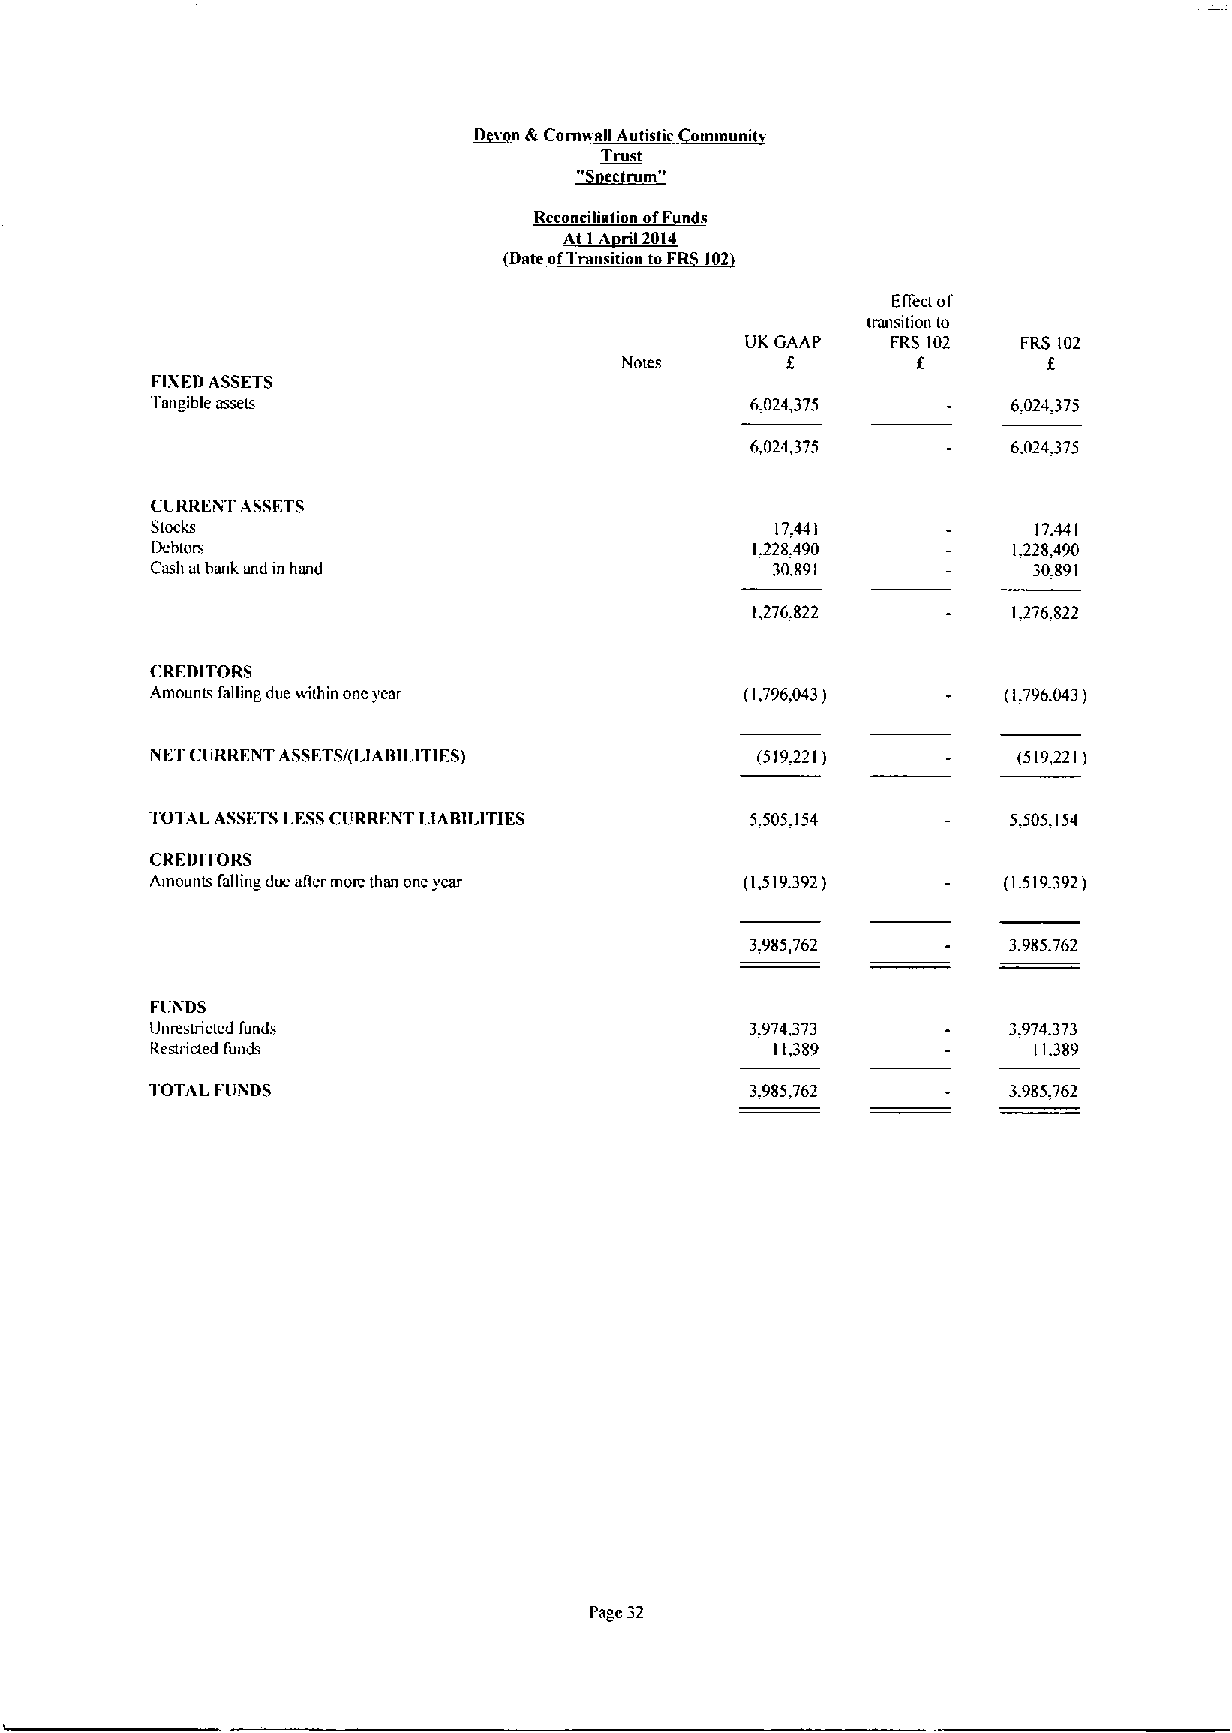
D v n dt Corn»ag Autistic ommunit
 TIllst
 ec m"
 Date ofTransi ion FRS 02
 Effect of
 traltstuolt to
 UK GAAP   FRS 102  FRS 102
 Notes      8        f.      g
 FIXFDASSETS
 Tnngible assets                         6,024,375        6.024.375
 6,024,375        6.024.375
 CURRENT ASSETS
 Stocks                                   17.441            17.441
 Debtors                                 1.228.490        1.228,490
 Cash athank and in hand                  30.891           30.891
 1,276.822        1.276.822
 CREDITORS
 Amounts falling due»ithin oncyear      (1,796,043)      (1.796.043)
 NET CIIRRENT ASSFTS/(I.IABILITIES)      (519.221)        (519,221)
 TOTAL ASSETSLESSCltRRENT LIABILITIES    5.505.154        5.505.154
 CREDITORS
 Amounts falling due atler more than one year (1,519.392) (1.519392)
 3.985,762        3,985.762
 FUNDS
 Unrestricted funds                      3.974,373        3.974.373
 Rest»rued funth                          11,389           11.389
 TOTAL FUiNDS                            3.985.762        3,985,762
 Page 32